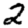
Digit: 2